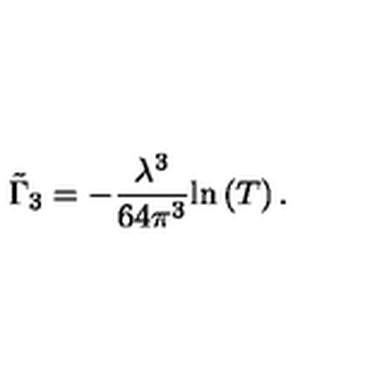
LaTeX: \tilde { \Gamma } _ { 3 } = - \frac { \lambda ^ { 3 } } { 6 4 \pi ^ { 3 } } \mathrm { l n } \left( T \right) .